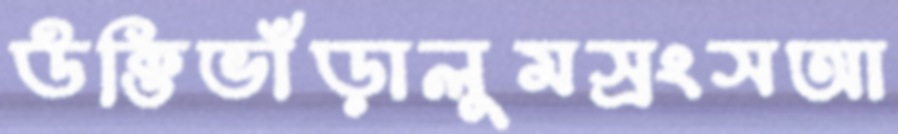
উক্তিভাঁড়ালুমস্রংসআ